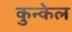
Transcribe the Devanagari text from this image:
कुन्केल